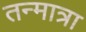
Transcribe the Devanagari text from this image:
तन्मात्रा